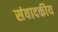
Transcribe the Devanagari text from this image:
संवादकीय